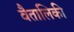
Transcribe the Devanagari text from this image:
वैतालिकी